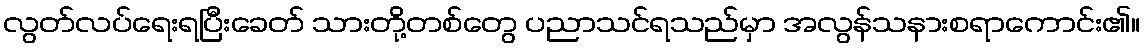
လွတ်လပ်ရေးရပြီးခေတ် သားတို့တစ်တွေ ပညာသင်ရသည်မှာ အလွန်သနားစရာကောင်း၏။